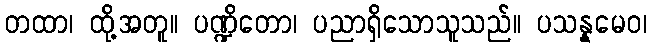
တထာ၊ ထို့အတူ။ ပဏ္ဍိတော၊ ပညာရှိသောသူသည်။ ပသန္နမေဝ၊